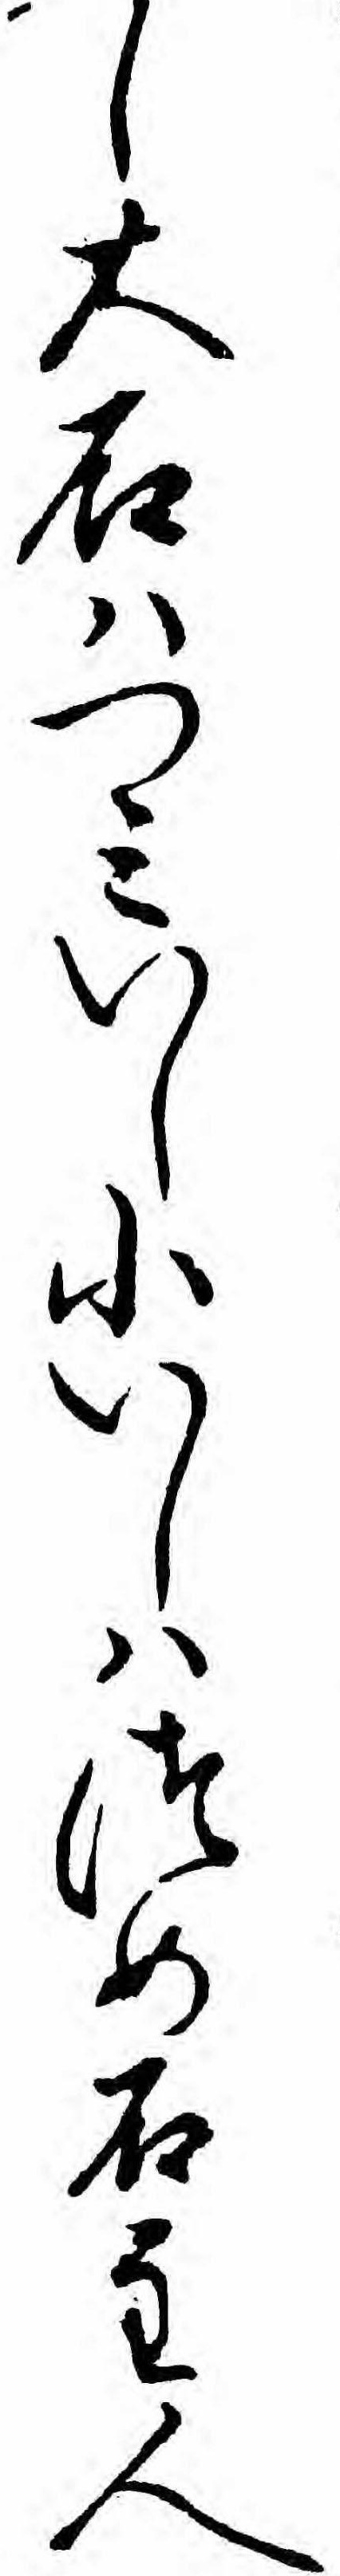
し大石ハつミいし小いしハつめ石主人